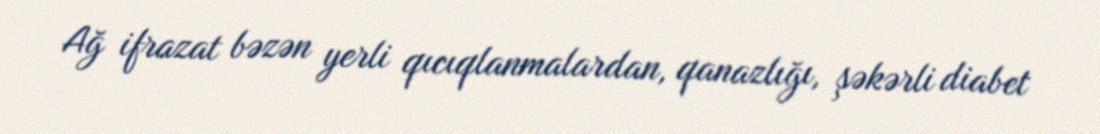
Ağ ifrazat bəzən yerli qıcıqlanmalardan, qanazlığı, şəkərli diabet